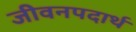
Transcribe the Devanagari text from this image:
जीवनपदार्थ